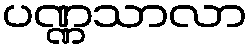
ပဏ္ဏသာလာ